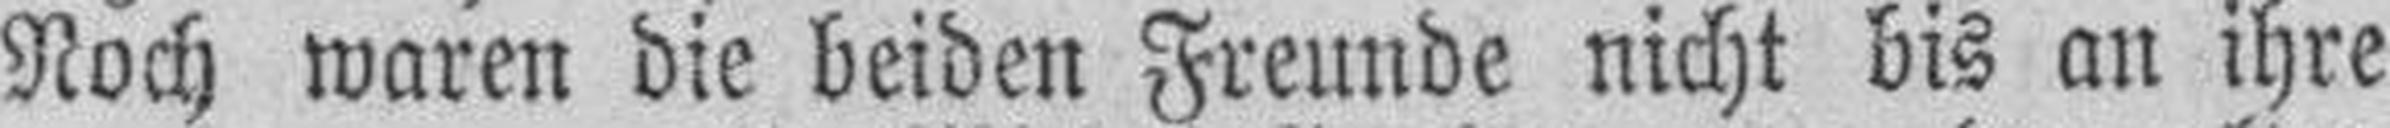
Noch waren die beiden Freunde nicht bis an ihre